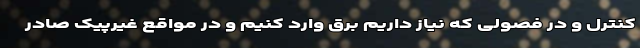
کنترل و در فصولی که نیاز داریم برق وارد کنیم و در مواقع غیرپیک صادر